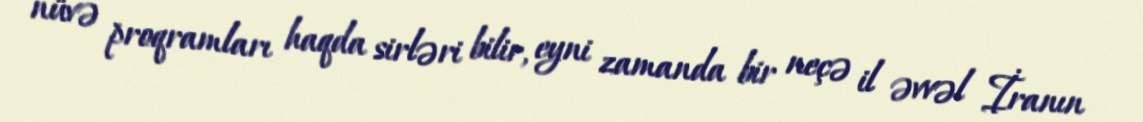
nüvə proqramları haqda sirləri bilir, eyni zamanda bir neçə il əvvəl İranın